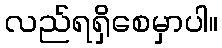
လည်ရရှိစေမှာပါ။